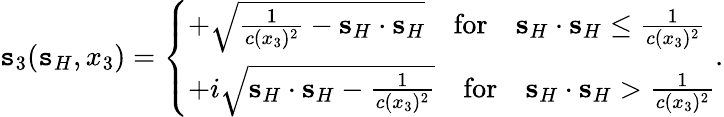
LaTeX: \mathtt{s}_{3}({\mathbf{\mathtt{s}}}_{H},x_{3})=\left\{ \begin{array}{ll}{+\sqrt{\frac{1}{c(x_{3})^{2}}-{\mathbf s}_{H}\cdot{\mathbf s}_{H}}\quad\mathrm{for}\quad{\mathbf s}_{H}\cdot{\mathbf s}_{H}\leq\frac{1}{c(x_{3})^{2}}}\\ {+i\sqrt{{\mathbf s}_{H}\cdot{\mathbf s}_{H}-\frac{1}{c(x_{3})^{2}}}\quad\mathrm{for}\quad{\mathbf s}_{H}\cdot{\mathbf s}_{H}>\frac{1}{c(x_{3})^{2}}}\end{array}\right..